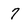
Character: 7